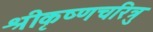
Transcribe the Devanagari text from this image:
श्रीकृष्णचरित्रु